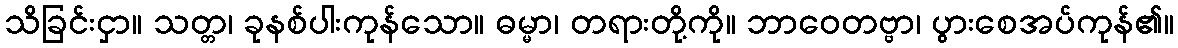
သိခြင်းငှာ။ သတ္တ၊ ခုနစ်ပါးကုန်သော။ ဓမ္မာ၊ တရားတို့ကို။ ဘာဝေတဗ္ဗာ၊ ပွားစေအပ်ကုန်၏။